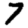
Digit: 7